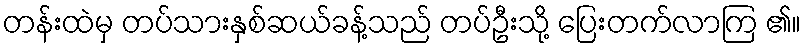
တန်းထဲမှ တပ်သားနှစ်ဆယ်ခန့်သည် တပ်ဦးသို့ ပြေးတက်လာကြ ၏။